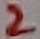
Text: 2